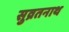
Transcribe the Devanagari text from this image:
सुव्रतनाथ